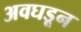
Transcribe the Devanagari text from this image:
अवघडून